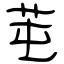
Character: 芚